Indian journal of veterinary science and animal husbandry - Volumes 15-17, 1948-1951
Year: 1948
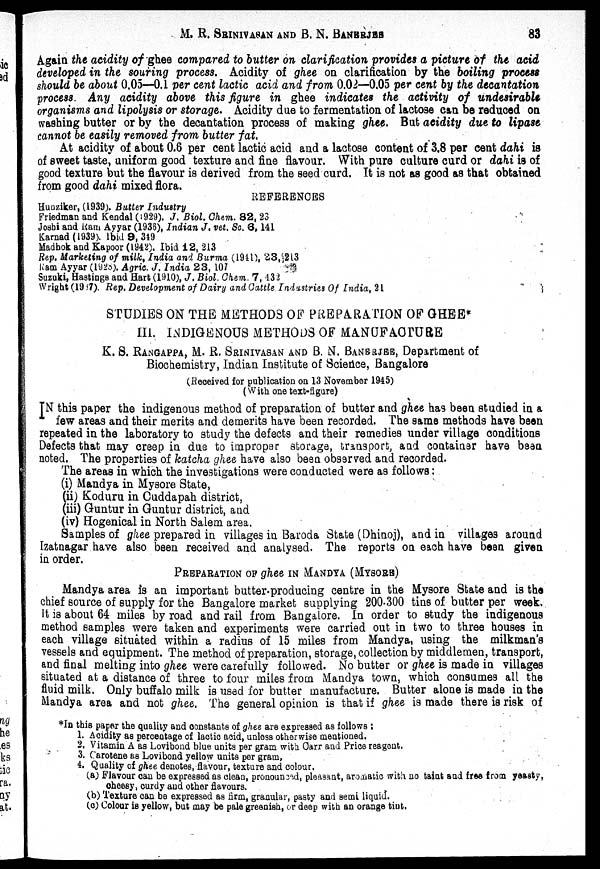
M. R. SRINIVASAN AND B. N. BANERJEE 83
Again the acidity of ghee compared to butter on clarification provides a picture of the acid
developed in the souring process. Acidity of ghee on clarification by the boiling process
should be about 0.05—0.1 per cent lactic acid and from 0.02—0.05 per cent by the decantation
process. Any acidity above this figure in ghee indicates the activity of undesirable
organisms and lipolysis or storage. Acidity due to fermentation of lactose can be reduced on
washing butter or by the decantation process of making ghee. But acidity due to lipase
cannot be easily removed from butter fat.
At acidity of about 0.6 per cent lactic acid and a lactose content of 3.8 per cent dahi is
of sweet taste, uniform good texture and fine flavour. With pure culture curd or dahi is of
good texture but the flavour is derived from the seed curd. It is not as good as that obtained
from good dahi mixed flora.
REFERENCES
Hunziker, (1939.). Butter Industry
Friedman and Kendal (1929). J. Biol. Chem. 82, 23
Joshi and Ram Ayyar (1936), Indian J. vet. Sc. 6,141
Karnad (1939). Ibid 9, 349
Madhok and Kapoor (1942). Ibid 12, 213
Rep. Marketing of milk, India and Burma (1941), 23, 213
Ram Ayyar (1928). Agric. J. India 23, 107
Suzuki, Hastings and Hart (1910), J. Biol. Chem. 7, 432
Wright (1937). Rep. Development of Dairy and Cattle Industries Of India, 21
STUDIES ON THE METHODS OF PREPARATION OF GHEE*
III. INDIGENOUS METHODS OF MANUFACTURE
K. S. RANGAPPA, M. R. SRINIVASAN AND B. N. BANERJEE, Department of
Biochemistry, Indian Institute of Science, Bangalore
(Received for publication on 13 November 1945)
(With one text-figure)
IN this paper the indigenous method of preparation of butter and ghee has been studied in a
few areas and their merits and demerits have been recorded. The same methods have been
repeated in the laboratory to study the defects and their remedies under village conditions
Defects that may creep in due to improper storage, transport, and container have been
noted. The properties of katcha ghee have also been observed and recorded.
The areas in which the investigations were conducted were as follows:
(i) Mandya in Mysore State,
(ii) Koduru in Cuddapah district,
(iii) Guntur in Guntur district, and
(iv) Hogenical in North Salem area.
Samples of ghee prepared in villages in Baroda State (Dhinoj), and in villages around
Izatnagar have also been received and analysed. The reports on each have been given
in order.
PREPARATION OF ghee IN MANDYA (MYSORE)
Mandya area is an important butter-producing centre in the Mysore State and is the
chief source of supply for the Bangalore market supplying 200-300 tins of butter per week.
It is about 64 miles by road and rail from Bangalore. In order to study the indigenous
method samples were taken and experiments were carried out in two to three houses in
each village situated within a radius of 15 miles from Mandya, using the milkman's
vessels and equipment. The method of preparation, storage, collection by middlemen, transport,
and final melting into ghee were carefully followed. No butter or ghee is made in villages
situated at a distance of three to four miles from Mandya town, which consumes all the
fluid milk. Only buffalo milk is used for butter manufacture. Butter alone is made in the
Mandya area and not ghee. The general opinion is that if ghee is made there is risk of
*In this paper the quality and constants of ghee are expressed as follows :
1. Acidity as percentage of lactic acid, unless otherwise mentioned.
2. Vitamin A as Lovibond blue units per gram with Carr and Price reagent.
3. Carotene as Lovibond yellow units per gram,
4. Quality of ghee denotes, flavour, texture and colour.
(a) Flavour can be expressed as clean, pronounced, pleasant, aromatic with no taint and free from yeasty,
cheesy, curdy and other flavours.
(b) Texture can be expressed as firm, granular, pasty and semi liquid.
(c) Colour is yellow, but may be pale greenish, or deep with an orange tint.